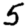
Digit: 5